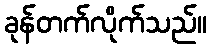
ခုန်တက်လိုက်သည်။